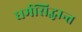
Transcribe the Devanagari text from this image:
धर्मसिद्धान्त